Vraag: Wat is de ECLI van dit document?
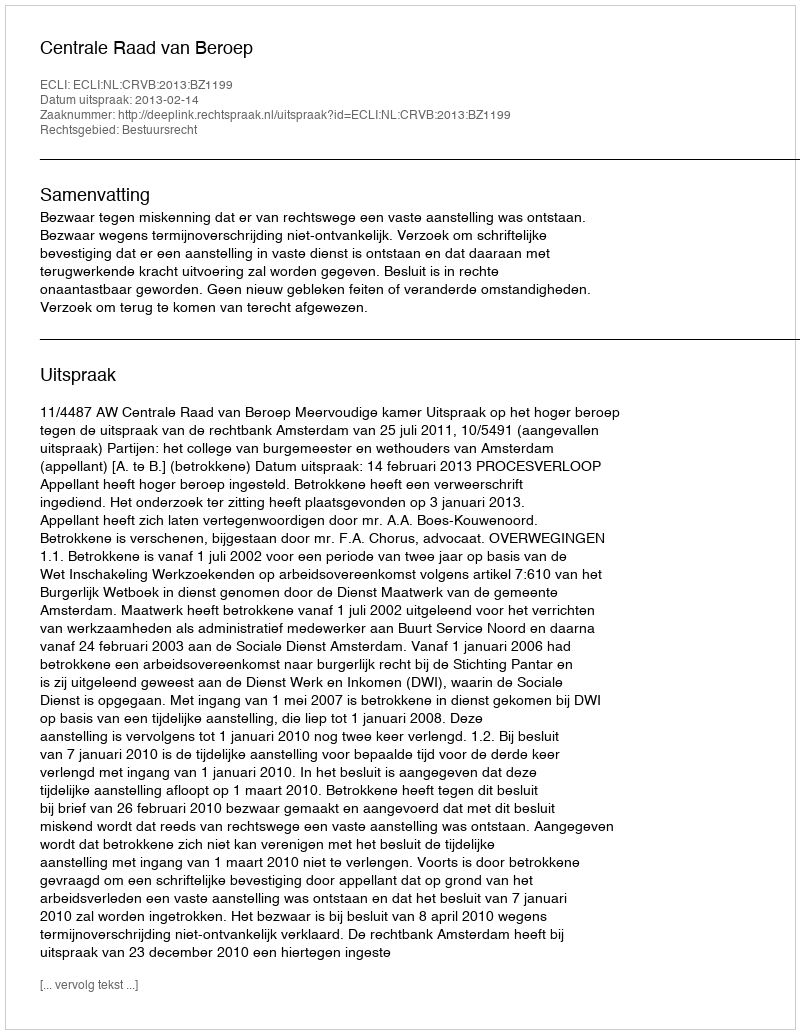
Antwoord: ECLI:NL:CRVB:2013:BZ1199